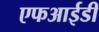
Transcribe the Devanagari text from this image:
एफआईडी